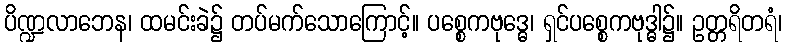
ပိဏ္ဍလာဘေန၊ ထမင်းခဲ၌ တပ်မက်သောကြောင့်။ ပစ္စေကဗုဒ္ဓေ၊ ရှင်ပစ္စေကဗုဒ္ဓါ၌။ ဥတ္တရိတရံ၊